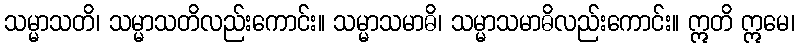
သမ္မာသတိ၊ သမ္မာသတိလည်းကောင်း။ သမ္မာသမာဓိ၊ သမ္မာသမာဓိလည်းကောင်း။ ဣတိ ဣမေ၊